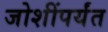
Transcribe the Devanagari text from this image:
जोशींपर्यंत